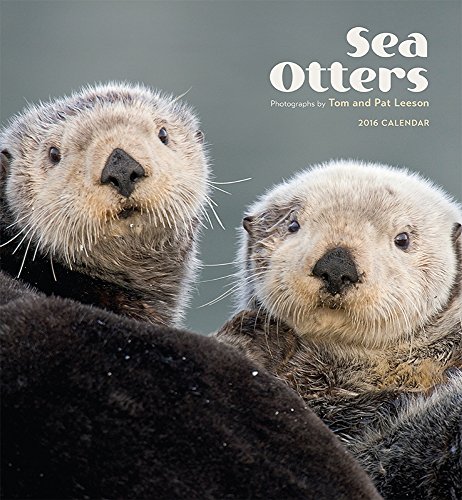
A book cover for Sea Otters 2016 Calendar; Calendars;